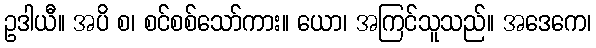
ဥဒါယီ။ အပိ စ၊ စင်စစ်သော်ကား။ ယော၊ အကြင်သူသည်။ အဒေကေ၊